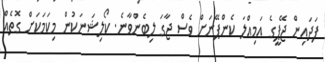
ފަދައިން ޖޭޕީގެ އަމިއްލަ ކެންޕޭނަށް ވެސް ޖާގަ ލިބެންވާނެ. ކޯލިޝަނަކުން މިކަމަކަށް ގޮތެއް